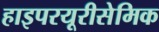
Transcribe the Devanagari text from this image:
हाइपरयूरीसेमिक